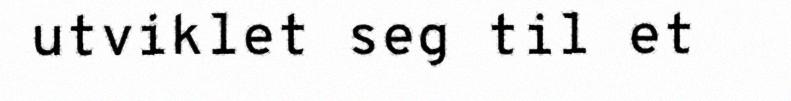
utviklet seg til et